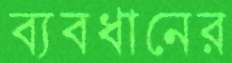
ব্যবধানের